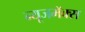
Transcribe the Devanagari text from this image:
न्यूजमॅक्स